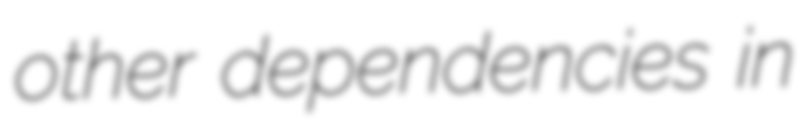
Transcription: other dependencies in